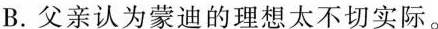
B.父亲认为蒙迪的理想太不切实际。